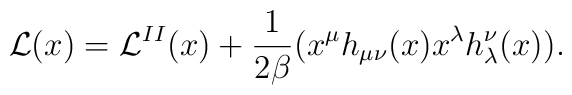
{\cal L}(x)={\cal L}^{II}(x)+\frac{1}{2\beta}(x^\mu h_{\mu\nu}(x) x^\lambda h_{\lambda}^{\nu}(x)).